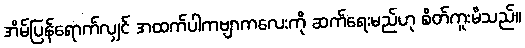
အိမ်ပြန်ရောက်လျှင် အထက်ပါကဗျာကလေးကို ဆက်ရေးမည်ဟု စိတ်ကူးမိသည်။